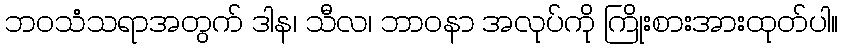
ဘဝသံသရာအတွက် ဒါန၊ သီလ၊ ဘာဝနာ အလုပ်ကို ကြိုးစားအားထုတ်ပါ။